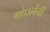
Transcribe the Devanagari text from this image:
मोघलंनी